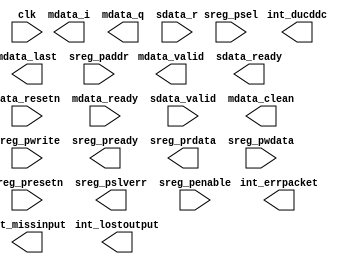
module duc_ddc_compiler_v1_0 (
  sreg_presetn, sreg_psel, int_errpacket, sreg_pslverr, mdata_valid, sdata_ready, data_resetn, clk, mdata_ready, int_missinput, sdata_valid, 
mdata_clean, int_ducddc, sreg_pwrite, mdata_last, int_lostoutput, sreg_pready, sreg_penable, mdata_i, mdata_q, sdata_r, sreg_prdata, sreg_pwdata, 
sreg_paddr
)/* synthesis syn_black_box syn_noprune=1 */;
  input sreg_presetn;
  input sreg_psel;
  output int_errpacket;
  output sreg_pslverr;
  output mdata_valid;
  output sdata_ready;
  input data_resetn;
  input clk;
  input mdata_ready;
  output int_missinput;
  input sdata_valid;
  output mdata_clean;
  output int_ducddc;
  input sreg_pwrite;
  output mdata_last;
  output int_lostoutput;
  output sreg_pready;
  input sreg_penable;
  output [15 : 0] mdata_i;
  output [15 : 0] mdata_q;
  input [15 : 0] sdata_r;
  output [31 : 0] sreg_prdata;
  input [31 : 0] sreg_pwdata;
  input [11 : 0] sreg_paddr;
endmodule